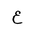
Letter: _ayn